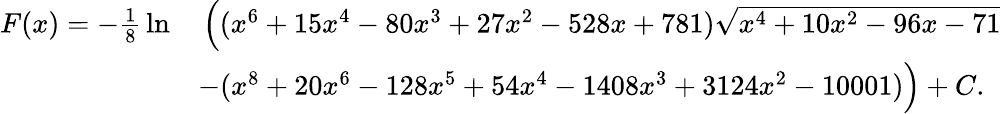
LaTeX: {\begin{array}{rl}{F(x)=-{\frac{1}{8}}\ln}&{\, {\Big(}(x^{6}+15x^{4}-80x^{3}+27x^{2}-528x+781){\sqrt{x^{4}+10x^{2}-96x-71}}{\Big.}}\\ &{-{\Big.}(x^{8}+20x^{6}-128x^{5}+54x^{4}-1408x^{3}+3124x^{2}-10001){\Big)}+C.}\end{array}}